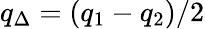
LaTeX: q_{\Delta}=(q_{1}-q_{2})/2